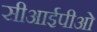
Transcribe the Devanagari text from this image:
सीआईपीओ